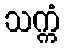
သက္ကံ